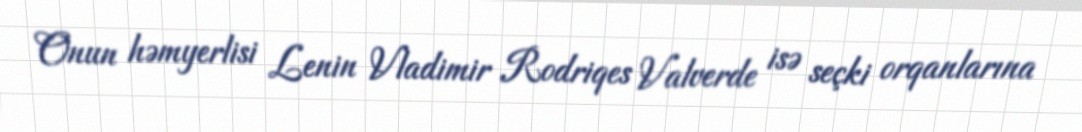
Onun həmyerlisi Lenin Vladimir Rodriqes Valverde isə seçki orqanlarına